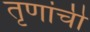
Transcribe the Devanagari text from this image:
तृणांची